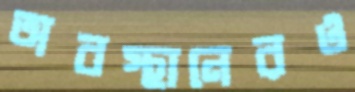
অবস্থানেরও